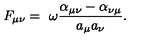
F _ { \mu \nu } = \ \omega \frac { \alpha _ { \mu \nu } - \alpha _ { \nu \mu } } { a _ { \mu } a _ { \nu } } .